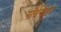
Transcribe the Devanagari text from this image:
नॉर्थर्नब्लूज़